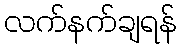
လက်နက်ချရန်